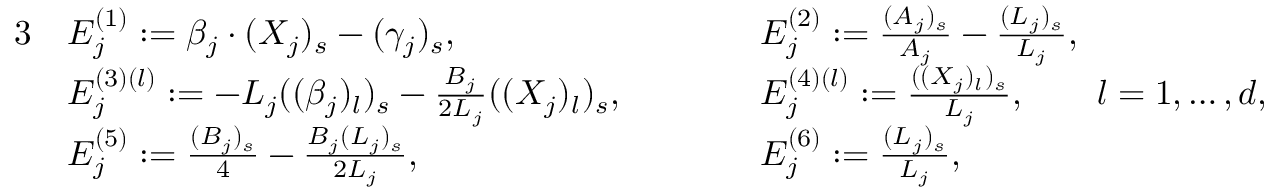
\begin{array} { r l r l } { { 3 } } & { E _ { j } ^ { ( 1 ) } : = \beta _ { j } \cdot ( X _ { j } ) _ { s } - ( \gamma _ { j } ) _ { s } , } & { \qquad } & { E _ { j } ^ { ( 2 ) } : = \frac { ( A _ { j } ) _ { s } } { A _ { j } } - \frac { ( L _ { j } ) _ { s } } { L _ { j } } , } \\ & { E _ { j } ^ { ( 3 ) ( l ) } : = - L _ { j } ( ( \beta _ { j } ) _ { l } ) _ { s } - \frac { B _ { j } } { 2 L _ { j } } ( ( X _ { j } ) _ { l } ) _ { s } , } & { \qquad } & { E _ { j } ^ { ( 4 ) ( l ) } : = \frac { ( ( X _ { j } ) _ { l } ) _ { s } } { L _ { j } } , \qquad l = 1 , \dots , d , } \\ & { E _ { j } ^ { ( 5 ) } : = \frac { ( B _ { j } ) _ { s } } { 4 } - \frac { B _ { j } ( L _ { j } ) _ { s } } { 2 L _ { j } } , } & { \qquad } & { E _ { j } ^ { ( 6 ) } : = \frac { ( L _ { j } ) _ { s } } { L _ { j } } , } \end{array}